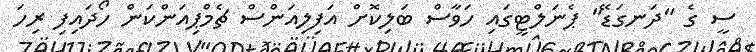
ސީ ގެ "ދަނގަޑޭ" ޕެނަލްޓީގައި ހަވާސް ބަލިކޮށް އަފިލިއަންސް ޗެމްޕިއަންކަން ހޯދައިފި ރިހަ